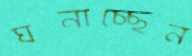
ঘনাচ্ছেন